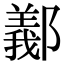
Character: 䣡